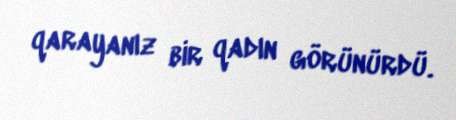
qarayanız bir qadın görünürdü.